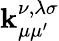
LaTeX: \operatorname{\mathbf{k}}_{\mu\mu^{\prime}}^{\nu,\lambda\sigma}